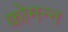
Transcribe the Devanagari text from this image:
कोमन्न